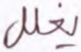
يغلل